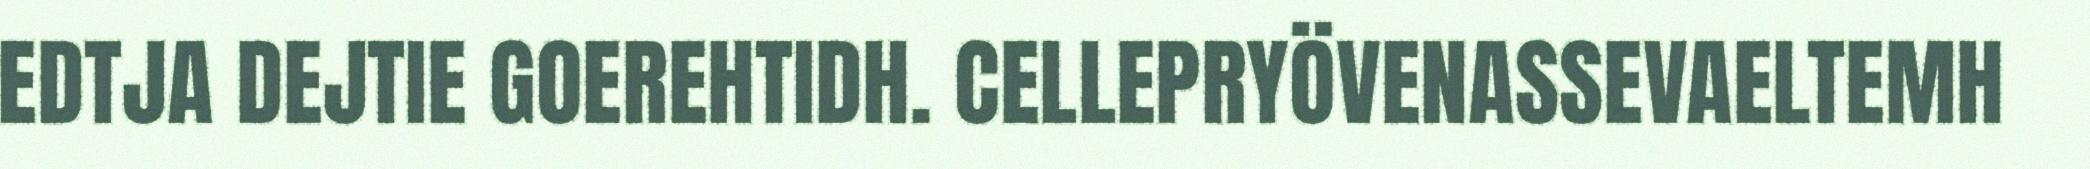
EDTJA DEJTIE GOEREHTIDH. CELLEPRYÖVENASSEVAELTEMH